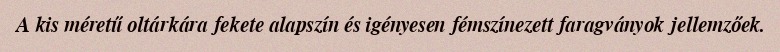
A kis méretű oltárkára fekete alapszín és igényesen fémszínezett faragványok jellemzőek.